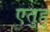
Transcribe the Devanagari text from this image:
एतुहु